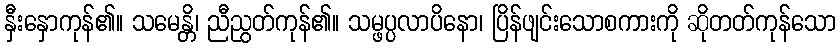
နှီးနှောကုန်၏။ သမေန္တိ၊ ညီညွတ်ကုန်၏။ သမ္ဖပ္ပလာပိနော၊ ပြိန်ဖျင်းသောစကားကို ဆိုတတ်ကုန်သော